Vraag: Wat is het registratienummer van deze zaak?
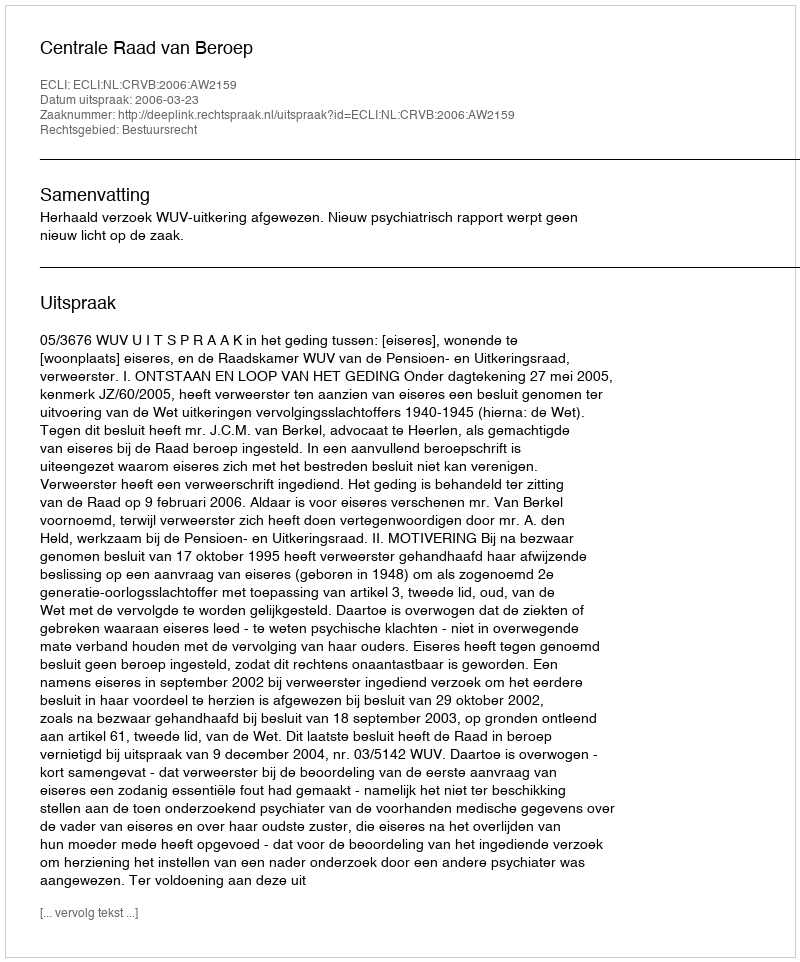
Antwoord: http://deeplink.rechtspraak.nl/uitspraak?id=ECLI:NL:CRVB:2006:AW2159